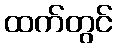
ထက်တွင်